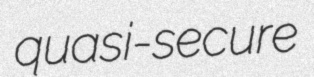
quasi-secure